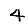
Digit: 4